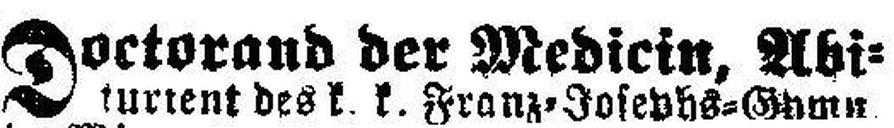
Doctorand der Medicin, Abi¬